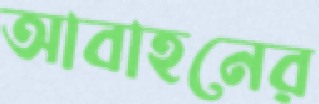
আবাহনের